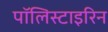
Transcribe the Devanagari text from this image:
पॉलिस्टाइरिन